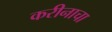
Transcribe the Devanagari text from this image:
करीनाचा